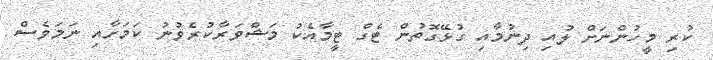
ކުރި މީހުންނަށް ލުއި ދިނުމާއި ގުޅޭގޮތުން ޓެގް ޓީމާއެކު މަޝްވަރާކުރެވުނު ކަމަށާއި ނަމަވެސް